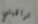
تراقبني